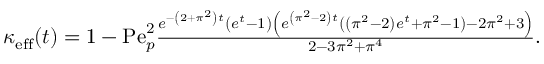
\begin{array} { r } { \kappa _ { \mathrm { e f f } } ( t ) = 1 - \mathrm { P e } _ { p } ^ { 2 } \frac { e ^ { - \left( 2 + \pi ^ { 2 } \right) t } \left( e ^ { t } - 1 \right) \left( e ^ { \left( \pi ^ { 2 } - 2 \right) t } \left( \left( \pi ^ { 2 } - 2 \right) e ^ { t } + \pi ^ { 2 } - 1 \right) - 2 \pi ^ { 2 } + 3 \right) } { 2 - 3 \pi ^ { 2 } + \pi ^ { 4 } } . } \end{array}